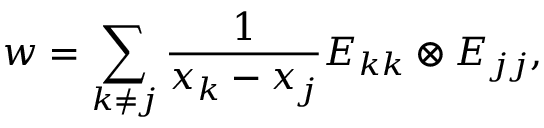
w = \sum _ { k \neq j } \frac { 1 } { x _ { k } - x _ { j } } E _ { k k } \otimes E _ { j j } ,